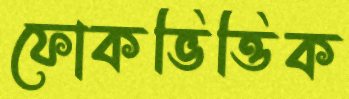
ফোকভিত্তিক